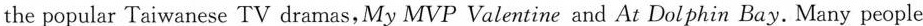
the popular Taiwanese TV dramas, My MVP Valentine and At Dolphin Bay. Many people